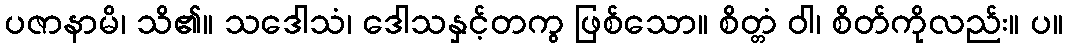
ပဇာနာမိ၊ သိ၏။ သဒေါသံ၊ ဒေါသနှင့်တကွ ဖြစ်သော။ စိတ္တံ ဝါ၊ စိတ်ကိုလည်း။ ပ။